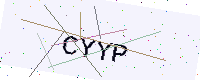
Text: CYYP